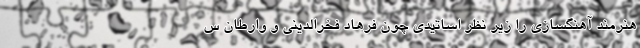
هنرمند آهنگسازی را زیر نظر اساتیدی چون فرهاد فخرالدینی و وارطان س